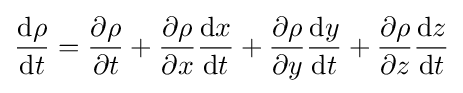
{\mathrm {d} \rho  \over \mathrm {d} t}={\partial \rho  \over \partial t}+{\partial \rho  \over \partial x}{\mathrm {d} x \over \mathrm {d} t}+{\partial \rho  \over \partial y}{\mathrm {d} y \over \mathrm {d} t}+{\partial \rho  \over \partial z}{\mathrm {d} z \over \mathrm {d} t}